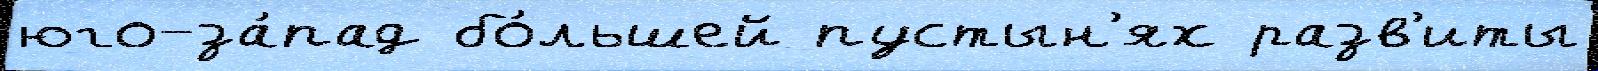
юго-за́пад бо́льшей пустын'ях разв'иты